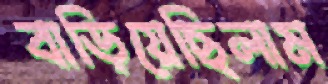
বাড়িয়েছিলাম